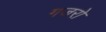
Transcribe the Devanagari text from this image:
गजरो